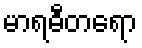
မာရဓီတရော